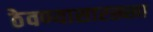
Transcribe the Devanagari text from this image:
ठेवण्यासारख्खा